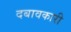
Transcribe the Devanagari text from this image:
दबावकारी